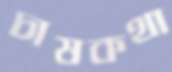
চাষকথা